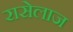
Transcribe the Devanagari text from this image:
रासेलाज